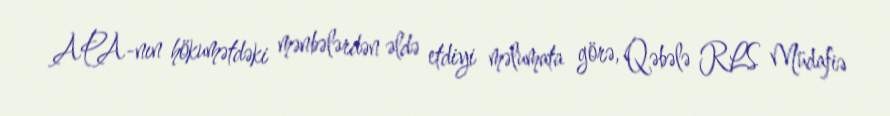
APA-nın hökumətdəki mənbələrdən əldə etdiyi məlumata görə, Qəbələ RLS Müdafiə